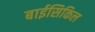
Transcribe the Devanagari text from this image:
बाईसिकिल